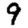
Digit: 9